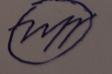
Signature authenticity: forged